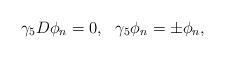
LaTeX: \begin{align*}\gamma_{5}D\phi_{n}=0, \ \ \gamma_{5}\phi_{n} = \pm \phi_{n},\end{align*}